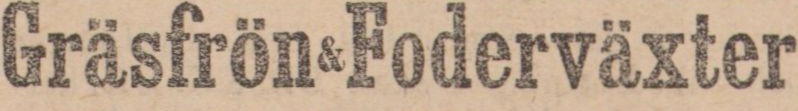
Gräsfrön & Foderväxter